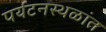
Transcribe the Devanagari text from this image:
पर्यटनस्थळांत